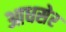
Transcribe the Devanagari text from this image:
आधसेर